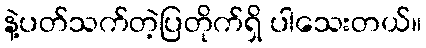
နဲ့ပတ်သက်တဲ့ပြတိုက်ရှိ ပါသေးတယ်။